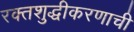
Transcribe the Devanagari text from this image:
रक्तशुद्धीकरणाची